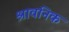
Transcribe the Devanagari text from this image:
श्रावनिक